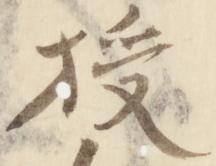
授